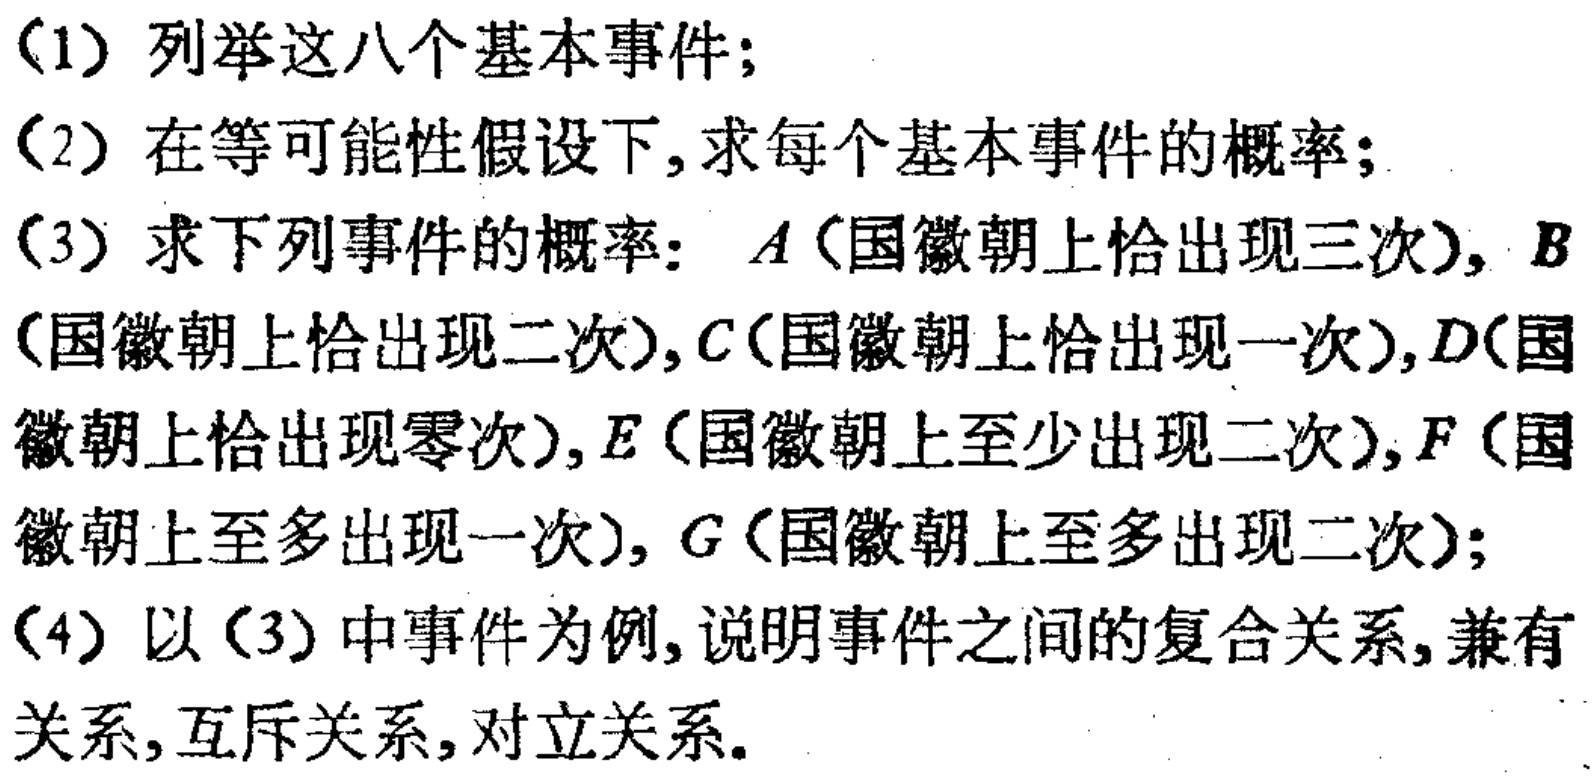
(1) 列举这八个基本事件；
(2) 在等可能性假设下,求每个基本事件的概率；
(3) 求下列事件的概率：\(A\)（国徽朝上恰出现三次）, \(B\)（国徽朝上恰出现二次）,\(C\)（国徽朝上恰出现一次）,\(D\)（国徽朝上恰出现零次）,\(E\)（国徽朝上至少出现二次）,\(F\)（国徽朝上至多出现一次）, \(G\)（国徽朝上至多出现二次）；
(4) 以(3) 中事件为例,说明事件之间的复合关系,兼有 关系,互斥关系,对立关系。